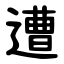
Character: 遭